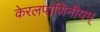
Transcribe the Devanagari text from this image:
केरलपाणिनीयम्